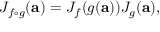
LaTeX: J _ { f \circ g } ( \mathbf { a } ) = J _ { f } ( g ( \mathbf { a } ) ) J _ { g } ( \mathbf { a } ) ,